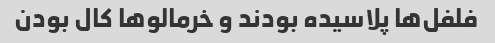
فلفل‌ها پلاسیده بودند و خرمالوها کال بودن